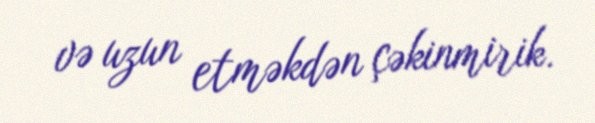
və uzun etməkdən çəkinmirik.